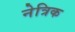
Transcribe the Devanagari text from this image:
नेत्रिक